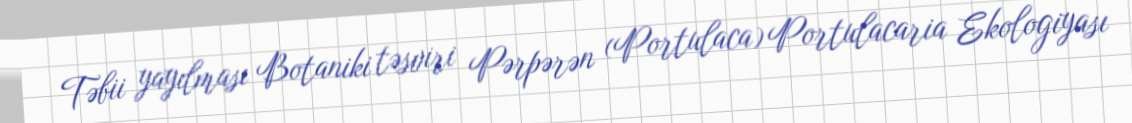
Təbii yayılması Botaniki təsviri Pərpərən (Portulaca) Portulacaria Ekologiyası